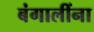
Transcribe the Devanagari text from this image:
बंगालींना